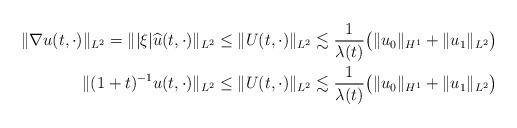
LaTeX: \begin{align*} \| \nabla u(t,\cdot)\|_{L^2} = \||\xi| \widehat u(t,\cdot)\|_{L^2} \le \| U(t,\cdot)\|_{L^2} & \lesssim \frac1{\lambda(t)} \big( \|u_0\|_{H^1} + \|u_1\|_{L^2}\big) \\ \| (1+t)^{-1} u(t,\cdot)\|_{L^2} \le \| U(t,\cdot)\|_{L^2}& \lesssim \frac1{\lambda(t)} \big( \|u_0\|_{H^1} + \|u_1\|_{L^2}\big)\end{align*}